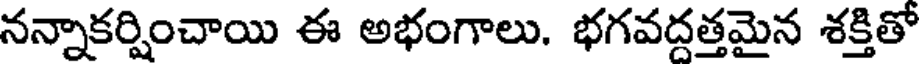
నన్నాకర్షించాయి ఈ అభంగాలు. భగవద్దత్తమైన శక్తితో